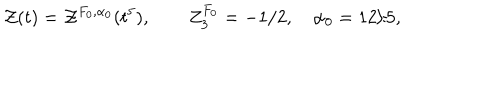
LaTeX: { \cal Z } ( t ) = { \cal Z } ^ { F _ { 0 } , \alpha _ { 0 } } ( t ^ { 5 } ) , \qquad Z _ { 3 } ^ { F _ { 0 } } = - 1 / 2 , \quad \alpha _ { 0 } = 1 2 / 5 ,